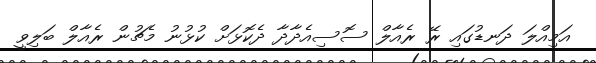
އަމިއްލަ ދަނޑުގައި ރޭ ރެއާލް ސޮސިއެދާދާ ދެކޮޅަށް ކުޅުނު މެޗުން ރެއާލް ބަލިވީ